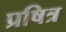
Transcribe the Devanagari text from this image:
प्रषित्र